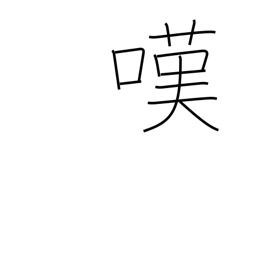
Meaning: lament